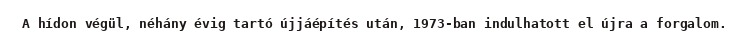
A hídon végül, néhány évig tartó újjáépítés után, 1973-ban indulhatott el újra a forgalom.